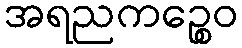
အရညကဉ္စေဝ